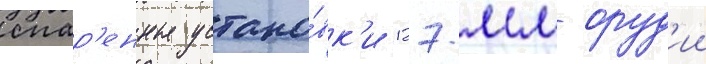
спар'енные устано́вк'и 127-мм оруд'ии